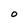
Character: O